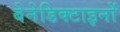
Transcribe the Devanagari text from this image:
बेनेडिक्टाइनों